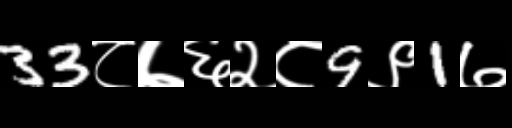
Text: 33८७६२८9९1७